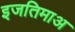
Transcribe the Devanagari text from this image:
इजतिमाअ